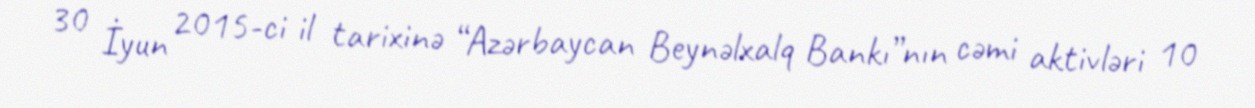
30 İyun 2015-ci il tarixinə “Azərbaycan Beynəlxalq Bankı”nın cəmi aktivləri 10